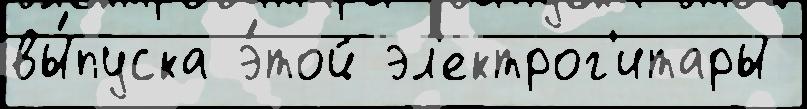
вы́пуска э́той эл'ектрог'итары